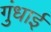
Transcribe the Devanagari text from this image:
गुंधाई